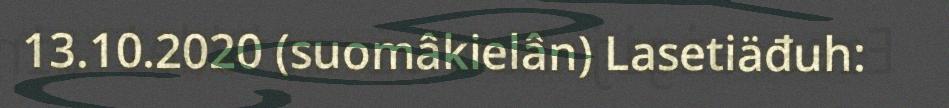
13.10.2020 (suomâkielân) Lasetiäđuh: